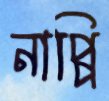
নাপ্পি